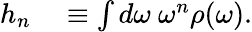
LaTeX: \begin{array}{rl}{h_{n}}&{{}\equiv\int d\omega~\omega^{n}\rho(\omega).}\end{array}